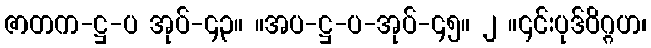
ဇာတက-ဋ္ဌ-ပ အုပ်-၄၃။ ။အပ-ဋ္ဌ-ပ-အုပ်-၄၅။ ၂ ။၎င်းပုဒ်ဝိဂ္ဂဟ၊